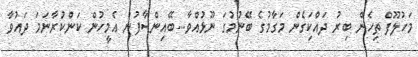
މަހުލޫފް ތިހެން ބިރު ދައްކަިގެން މަގާމުގެ ބޭނުމުގަ ނޫޅުއްވާ...ބޭއިންސާފުން އެމީހުން ކަންކުރާނަމަ ދައުވާ